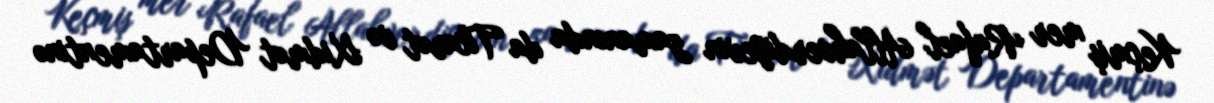
Keçmiş mer Rafael Allahverdiyevin zamanında da Ticarət və Xidmət Departamentinə